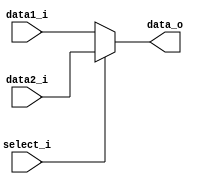
module MUX5(
	data1_i, 
	data2_i, 
	select_i,
	data_o
);

input	[4:0]		data1_i;
input	[4:0]		data2_i;
input				select_i;
output	[4:0]		data_o;

reg	[4:0]		data_o;

always@ (*) begin
	if(select_i) begin
		data_o = data2_i;
	end
	else begin
		data_o = data1_i;
	end
end

endmodule